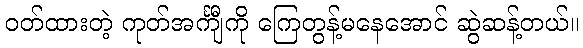
ဝတ်ထားတဲ့ ကုတ်အင်္ကျီကို ကြေတွန့်မနေအောင် ဆွဲဆန့်တယ်။